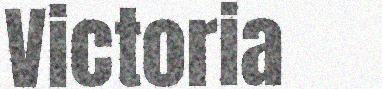
Victoria